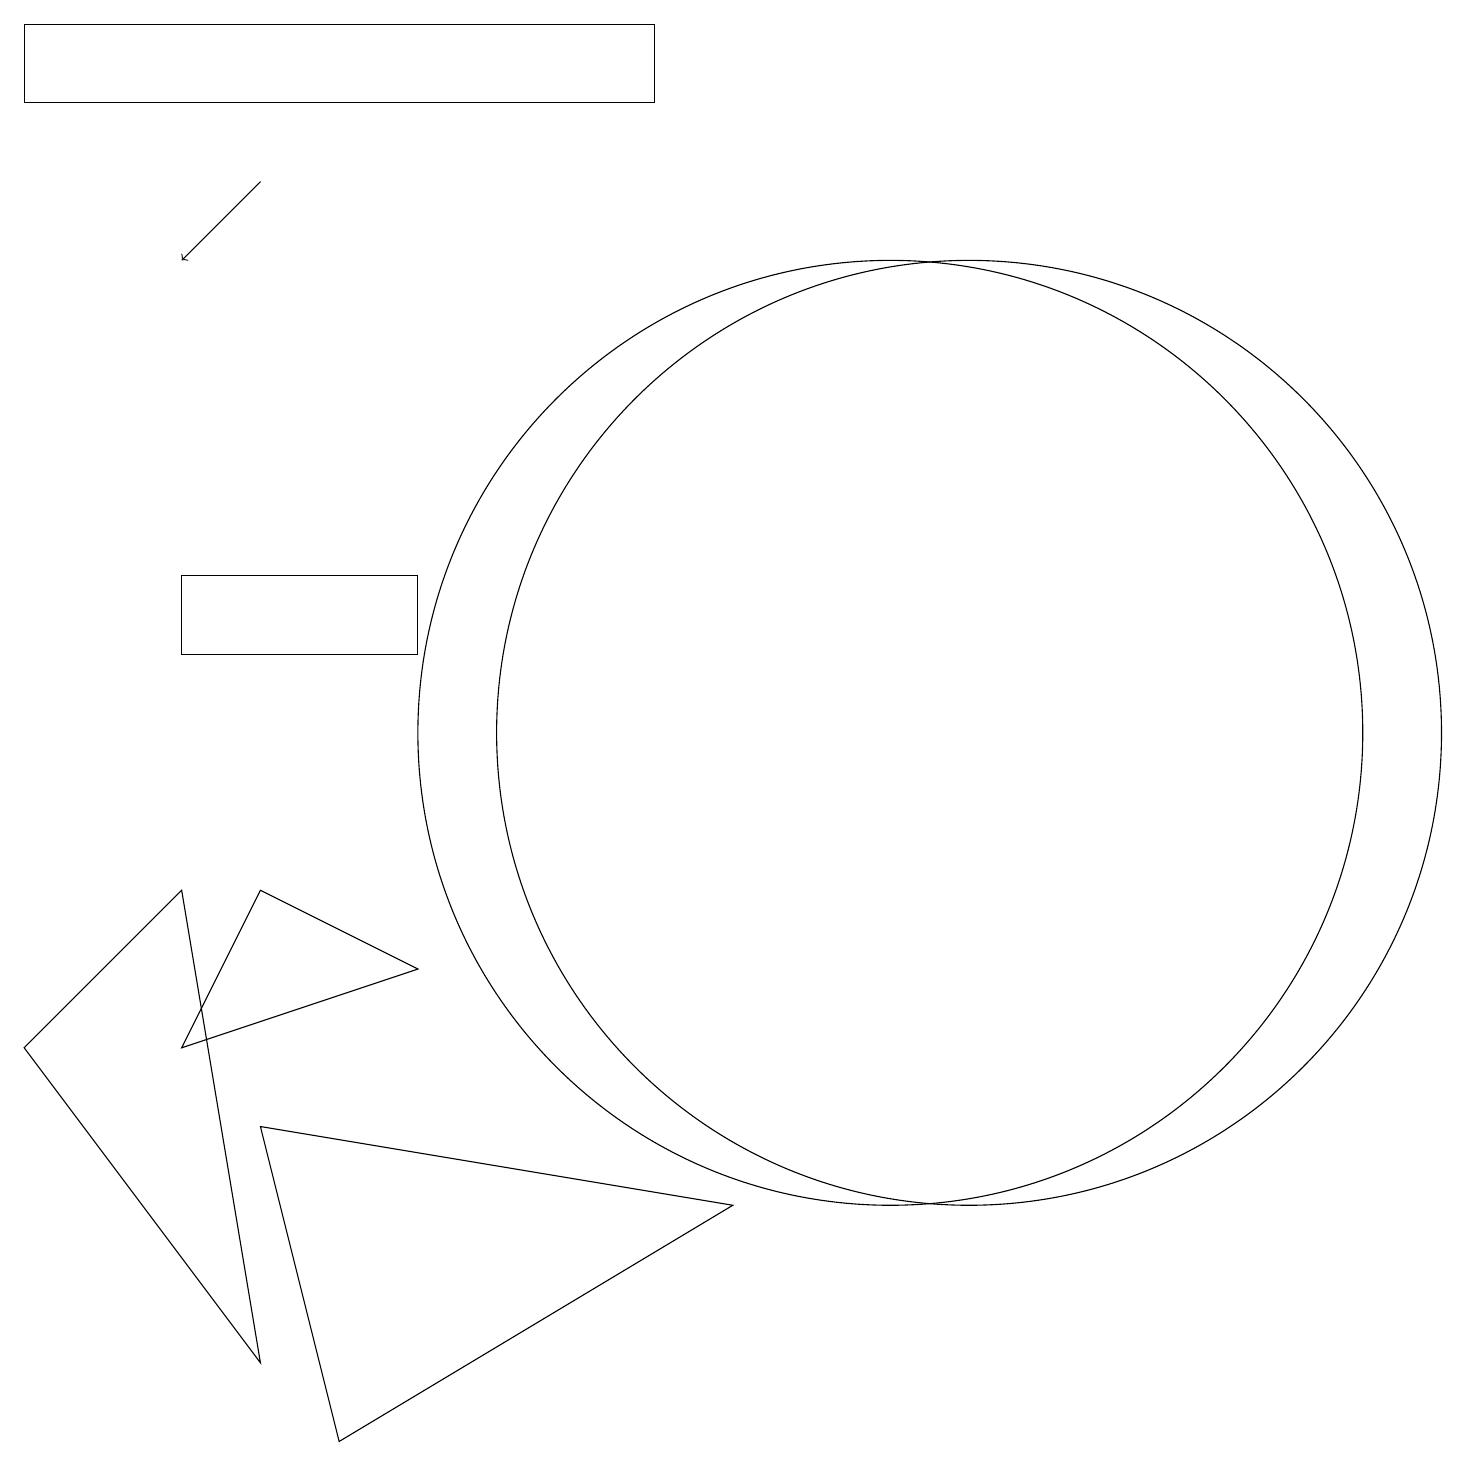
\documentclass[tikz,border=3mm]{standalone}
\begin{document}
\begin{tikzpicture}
\draw[->] (3,17) -- (2,16);
\draw (0,18) rectangle (8,19);
\draw (12,10) circle (6);
\draw (9,4) -- (4,1) -- (3,5) -- cycle;
\draw (11,10) circle (6);
\draw (5,7) -- (2,6) -- (3,8) -- cycle;
\draw (2,8) -- (0,6) -- (3,2) -- cycle;
\draw (2,11) rectangle (5,12);
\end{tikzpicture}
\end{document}